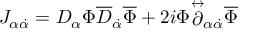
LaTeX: J _ { \alpha \dot { \alpha } } = D _ { \alpha } \Phi \overline { { { D } } } _ { \dot { \alpha } } \overline { { { \Phi } } } + 2 i \Phi { \stackrel { \leftrightarrow } { \partial } } _ { \alpha \dot { \alpha } } \overline { { { \Phi } } }